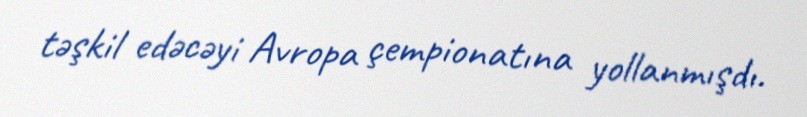
təşkil edəcəyi Avropa çempionatına yollanmışdı.